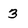
Character: 3